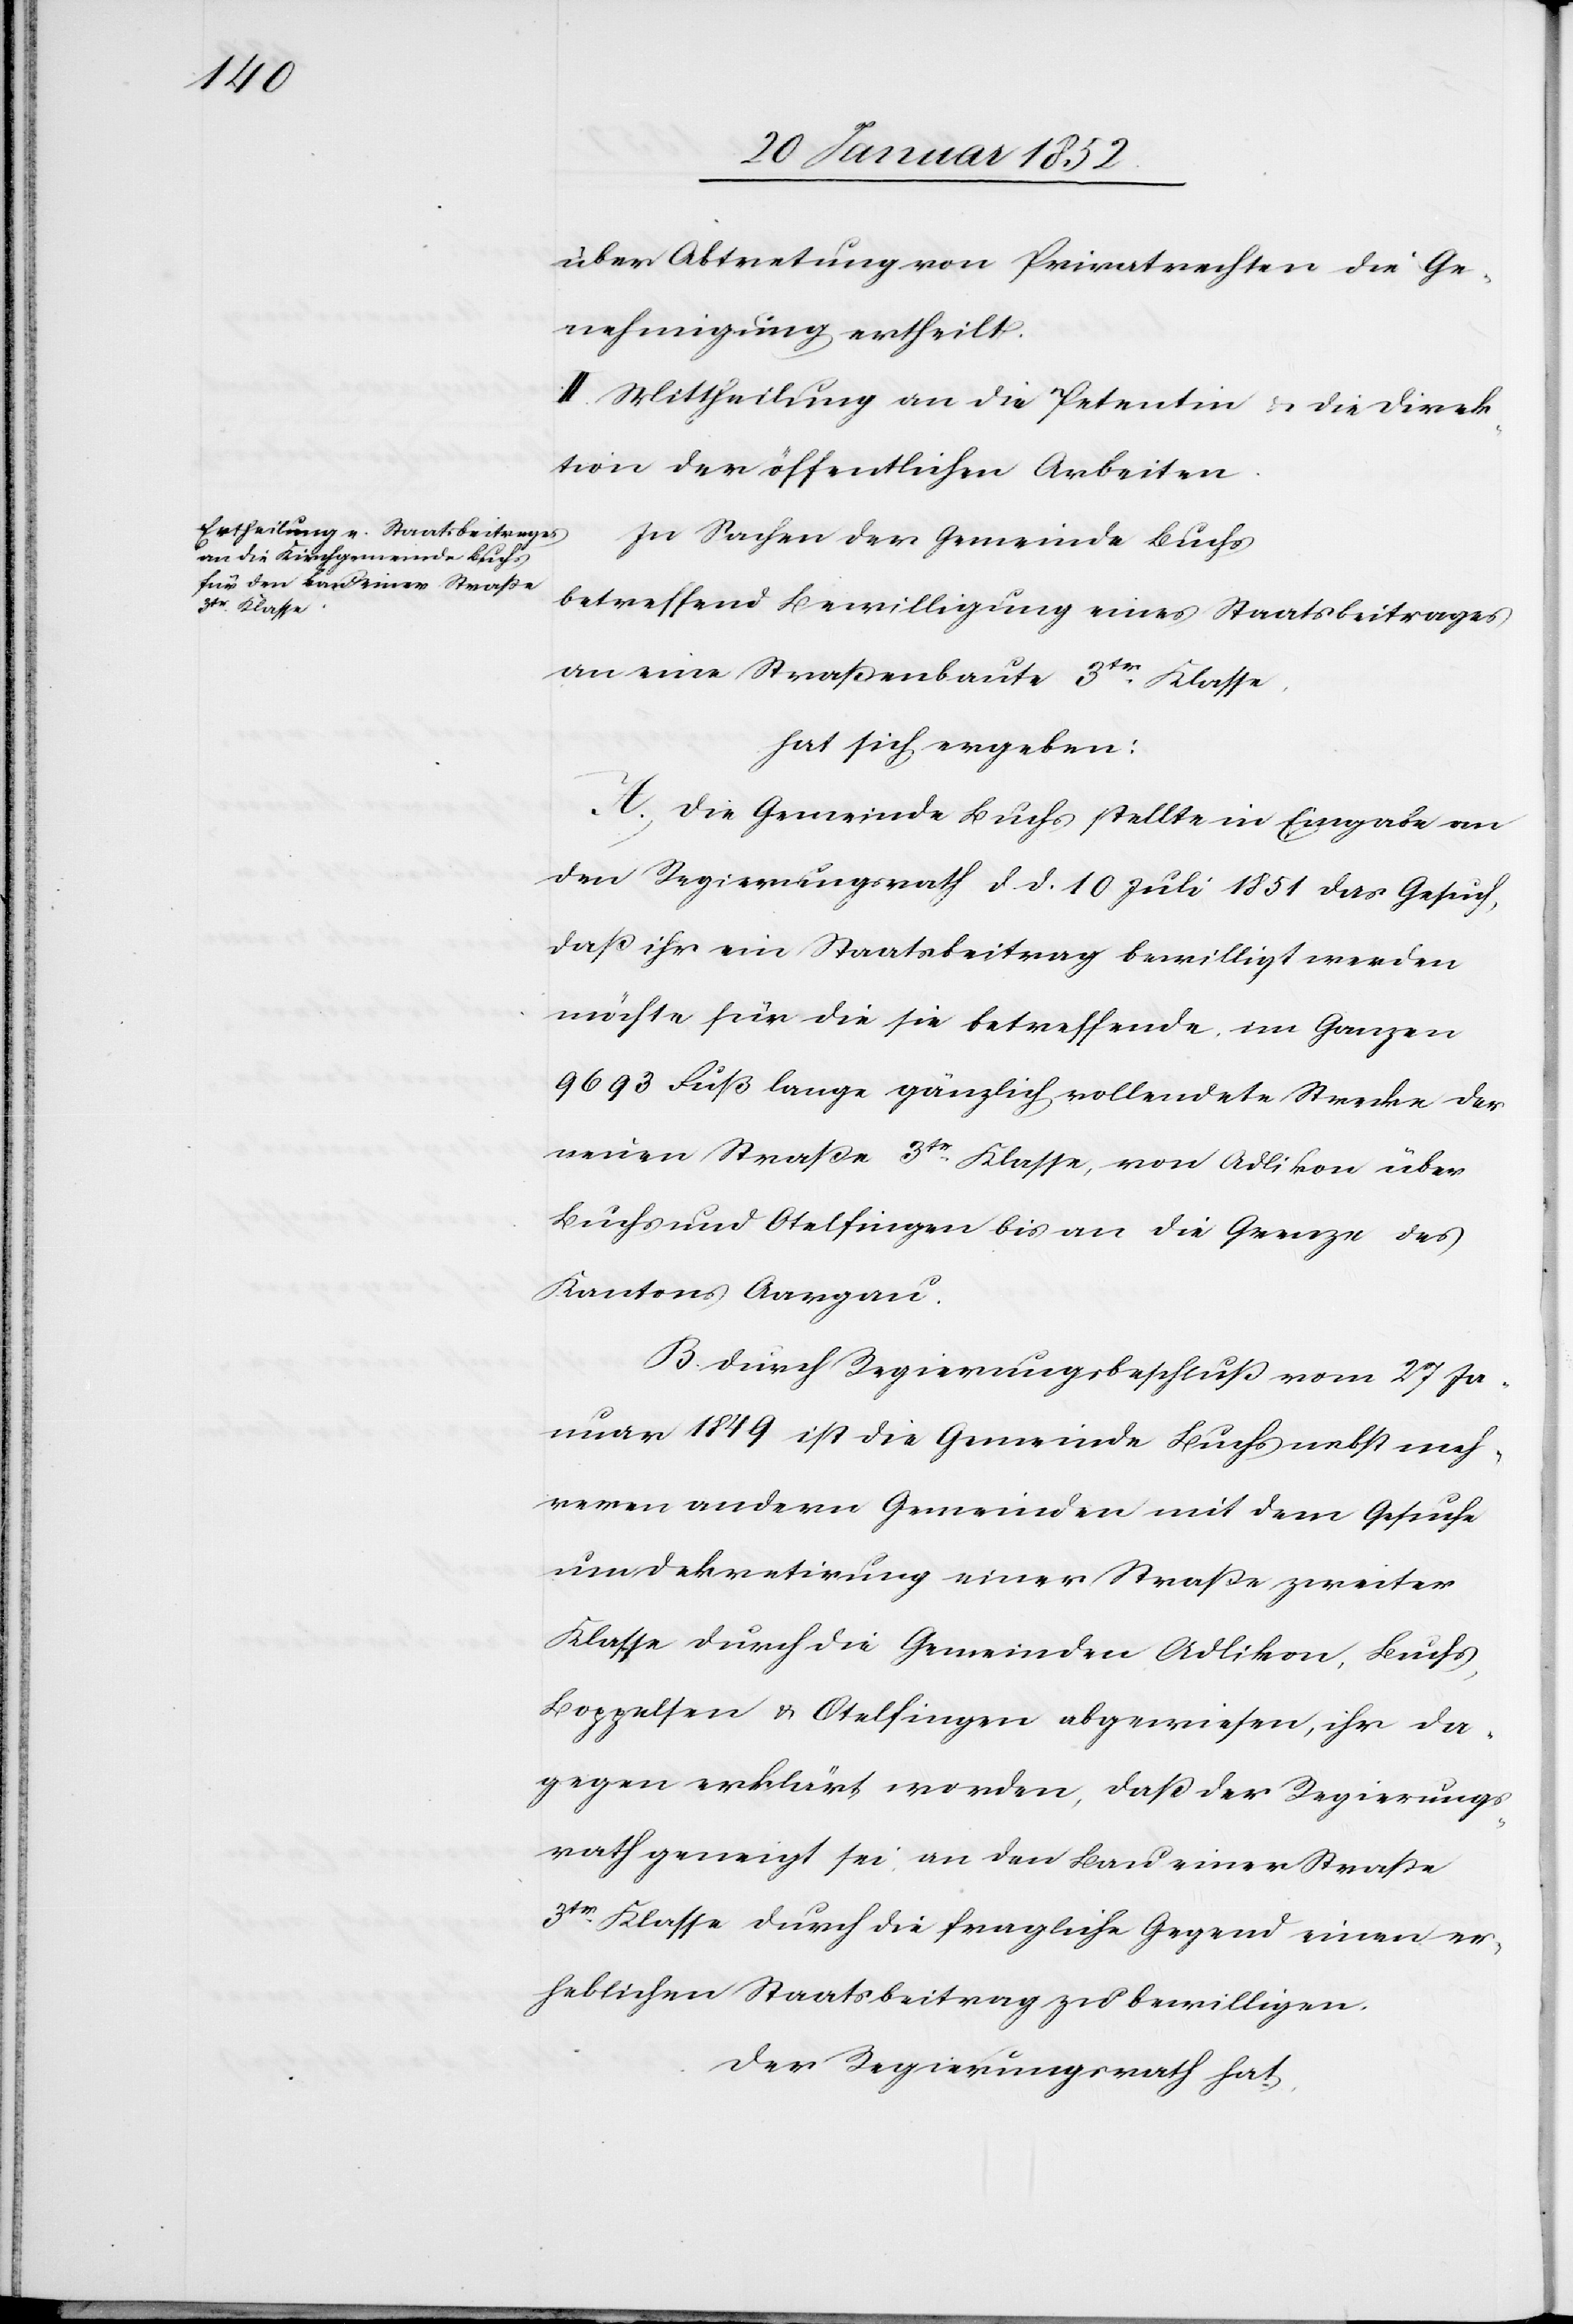
über Abtretung von Privatrechten die Ge¬
nehmigung ertheilt.
II. Mittheilung an die Petentin u. die Direk¬
tion der öffentlichen Arbeiten.
In Sachen der Gemeinde Buchs
betreffend Bewilligung eines Staatsbeitrages
an eine Straßenbaute 3ter Klasse,
hat sich ergeben:
A.) Die Gemeinde Buchs stellte in Eingabe an
den Regierungsrath d. d. 10 Juli 1851 das Gesuch,
daß ihr ein Staatsbeitrag bewilligt werden
möchte für die sie betreffende im Ganzen
9693 Fuß lange gänzlich vollendete Strecke der
neuen Straße 3te Klasse, von Adlikon über
Buchs und Otelfingen bis an die Grenze des
Kantons Aargau.
B. Durch Regierungsbeschluß vom 27 Ja¬
nuar 1849 ist die Gemeinde Buchs nebst meh¬
reren andern Gemeinden mit dem Gesuche
um Dekretirung einer Straße zweiter
Klasse durch die Gemeinden Adlikon, Buchs,
Boppelsen u. Otelfingen abgewiesen, ihr da¬
gegen erklärt worden, daß der Regierungs¬
rath geneigt sei, an den Bau einer Straße
3tr Klasse durch die fragliche Gegend einen er¬
heblichen Staatsbeitrag zu bewilligen.
Der Regierungsrath hat,